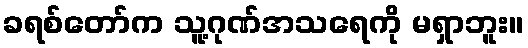
ခရစ်တော်က သူ့ဂုဏ်အသရေကို မရှာဘူး။